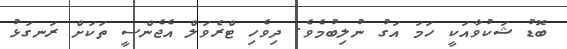
ބޮޑު ޝަކުވާއަކީ ހަމަ އަގު ނުލިބުމެވެ. ދިވެހި ޓްރެވަލް އެޖެންސީ ތަކަށް ރަނގަޅު